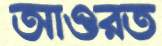
আওরত